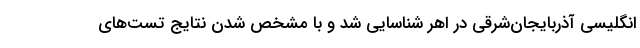
انگلیسی آذربایجان‌شرقی در اهر شناسایی شد و با مشخص شدن نتایج تست‌های